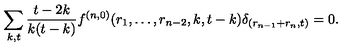
\sum _ { k , t } \frac { t - 2 k } { k ( t - k ) } f ^ { ( n , 0 ) } ( r _ { 1 } , \dots , r _ { n - 2 } , k , t - k ) \delta _ { ( r _ { n - 1 } + r _ { n } , t ) } = 0 .